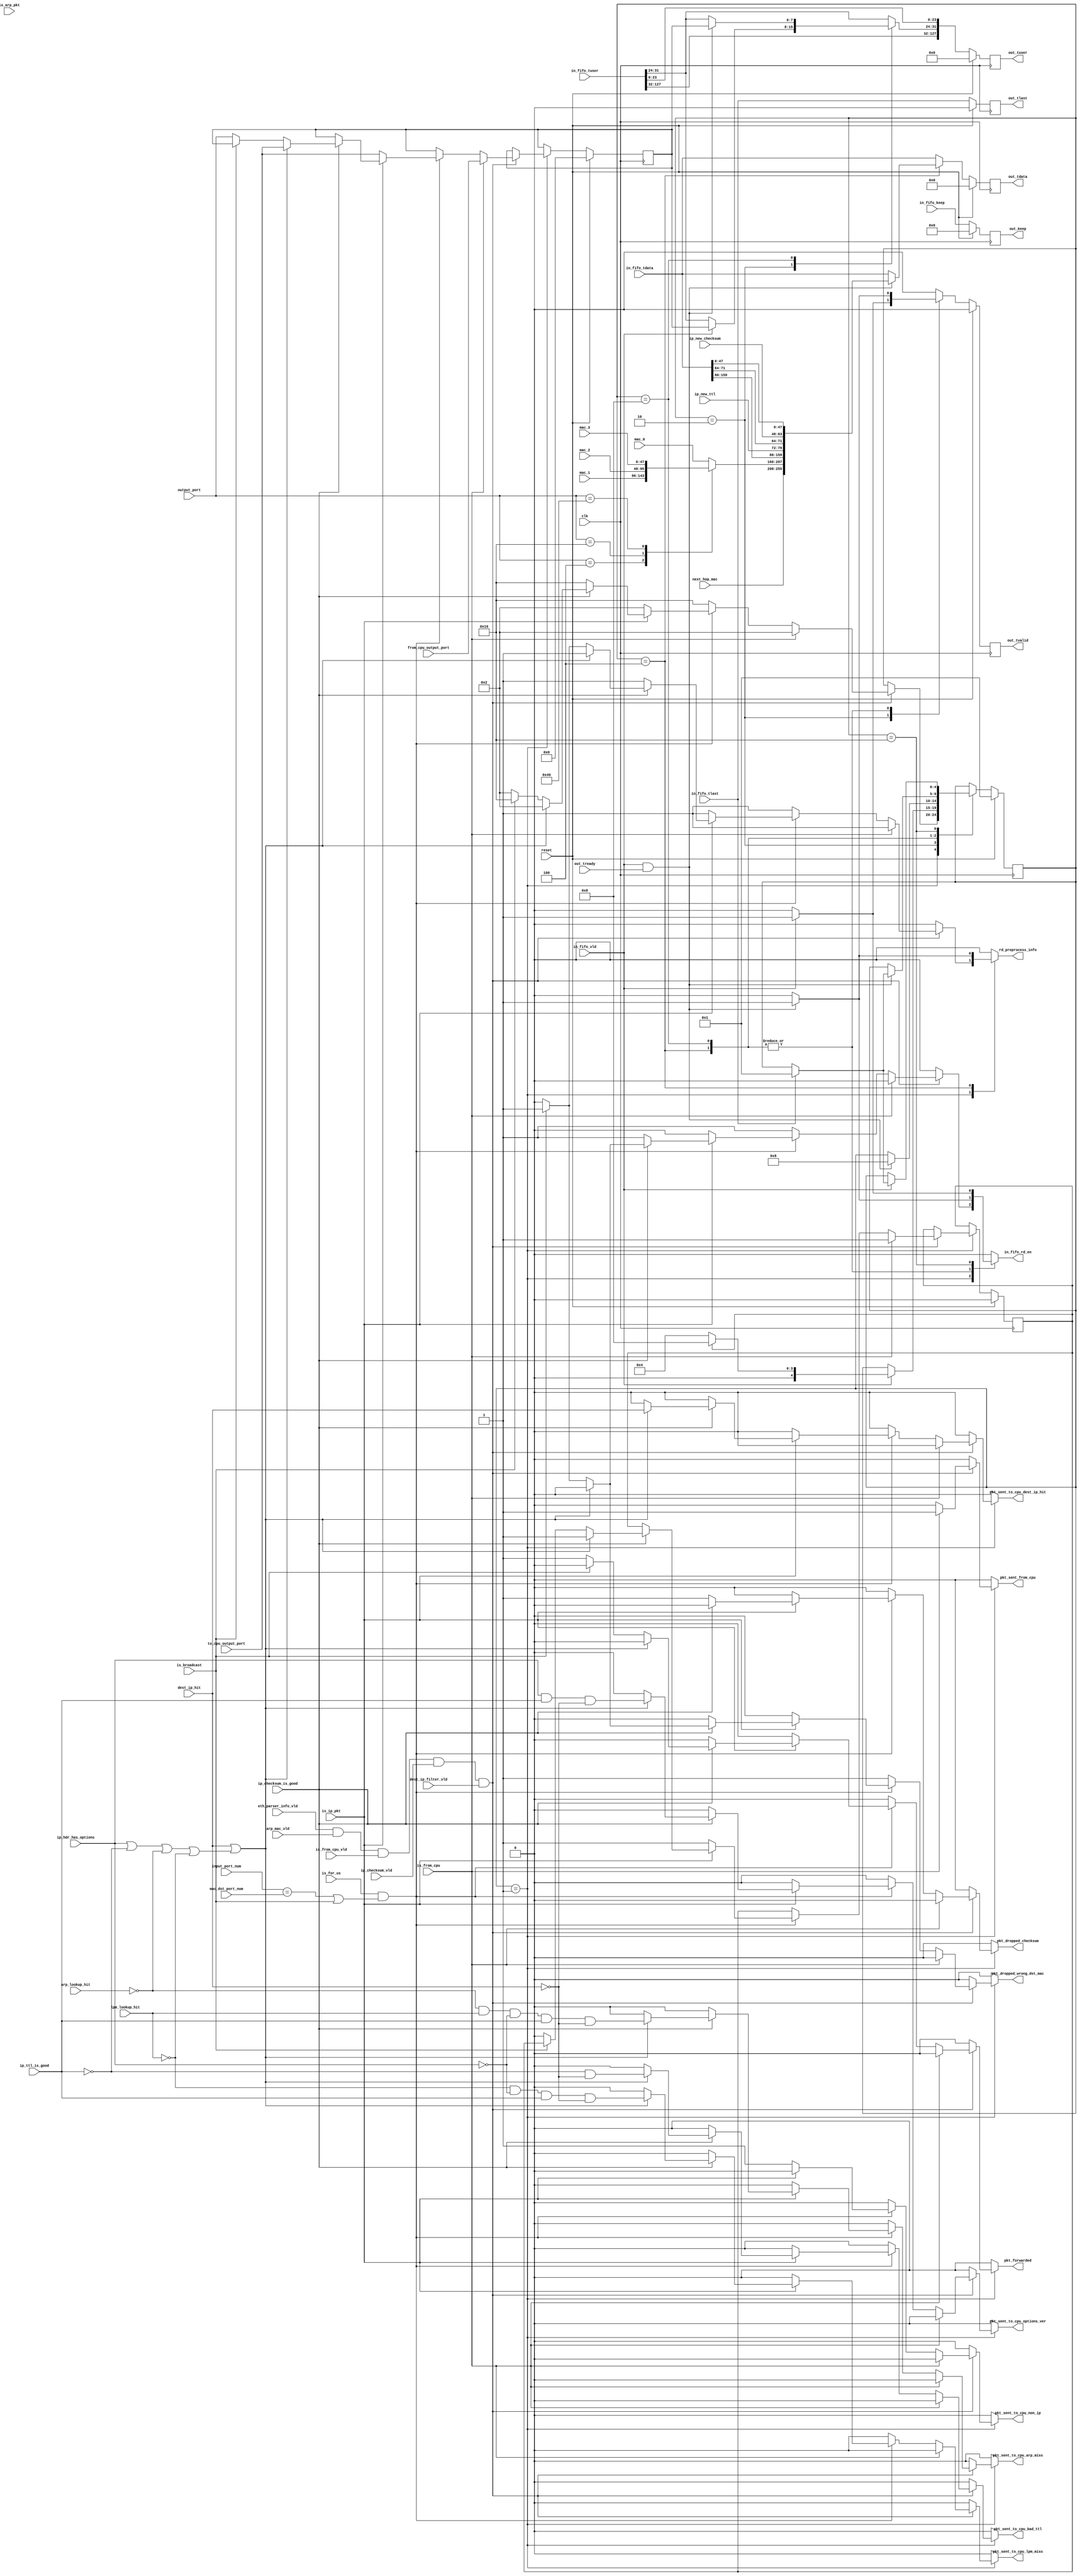
/*******************************************************************************
*
* Copyright (C) 2010, 2011 The Board of Trustees of The Leland Stanford
*                          Junior University
* Copyright (C) grg, Gianni Antichi
* All rights reserved.
*
* This software was developed by
* Stanford University and the University of Cambridge Computer Laboratory
* under National Science Foundation under Grant No. CNS-0855268,
* the University of Cambridge Computer Laboratory under EPSRC INTERNET Project EP/H040536/1 and
* by the University of Cambridge Computer Laboratory under DARPA/AFRL contract FA8750-11-C-0249 ("MRC2"), 
* as part of the DARPA MRC research programme.
*
* @NETFPGA_LICENSE_HEADER_START@
*
* Licensed to NetFPGA C.I.C. (NetFPGA) under one or more contributor
* license agreements. See the NOTICE file distributed with this work for
* additional information regarding copyright ownership. NetFPGA licenses this
* file to you under the NetFPGA Hardware-Software License, Version 1.0 (the
* "License"); you may not use this file except in compliance with the
* License. You may obtain a copy of the License at:
*
* http://www.netfpga-cic.org
*
* Unless required by applicable law or agreed to in writing, Work distributed
* under the License is distributed on an "AS IS" BASIS, WITHOUT WARRANTIES OR
* CONDITIONS OF ANY KIND, either express or implied. See the License for the
* specific language governing permissions and limitations under the License.
*
* @NETFPGA_LICENSE_HEADER_END@
*
********************************************************************************/


module op_lut_process_sm
  #(parameter C_S_AXIS_DATA_WIDTH	= 256,
    parameter C_S_AXIS_TUSER_WIDTH	= 128,
    parameter NUM_QUEUES		= 8,
    parameter NUM_QUEUES_WIDTH		= log2(NUM_QUEUES)
  )
  (// --- interface to input fifo - fallthrough
   input                              in_fifo_vld,
   input [C_S_AXIS_DATA_WIDTH-1:0]    in_fifo_tdata,
   input			      in_fifo_tlast,
   input [C_S_AXIS_TUSER_WIDTH-1:0]   in_fifo_tuser,
   input [C_S_AXIS_DATA_WIDTH/8-1:0]  in_fifo_keep,
   output reg                         in_fifo_rd_en,

   // --- interface to eth_parser
   input                              is_arp_pkt,
   input                              is_ip_pkt,
   input                              is_for_us,
   input                              is_broadcast,
   input                              eth_parser_info_vld,
   input      [NUM_QUEUES_WIDTH-1:0]  mac_dst_port_num,

   // --- interface to ip_arp
   input      [47:0]                  next_hop_mac,
   input      [NUM_QUEUES-1:0]        output_port,
   input                              arp_lookup_hit, // indicates if the next hop mac is correct
   input                              lpm_lookup_hit, // indicates if the route to the destination IP was found
   input                              arp_mac_vld,    // indicates the lookup is done

   // --- interface to op_lut_hdr_parser
   input                              is_from_cpu,
   input      [NUM_QUEUES-1:0]        to_cpu_output_port,   // where to send pkts this pkt if it has to go to the CPU
   input      [NUM_QUEUES-1:0]        from_cpu_output_port, // where to send this pkt if it is coming from the CPU
   input                              is_from_cpu_vld,
   input      [NUM_QUEUES_WIDTH-1:0]  input_port_num,

   // --- interface to IP_checksum
   input                              ip_checksum_vld,
   input                              ip_checksum_is_good,
   input                              ip_hdr_has_options,
   input      [15:0]                  ip_new_checksum,     // new checksum assuming decremented TTL
   input                              ip_ttl_is_good,
   input      [7:0]                   ip_new_ttl,

   // --- input to dest_ip_filter
   input                              dest_ip_hit,
   input                              dest_ip_filter_vld,

   // -- connected to all preprocess blocks
   output reg                         rd_preprocess_info,

   // --- interface to next module
   output reg                         		out_tvalid,
   output reg [C_S_AXIS_DATA_WIDTH-1:0]		out_tdata,
   output reg [C_S_AXIS_TUSER_WIDTH-1:0]	out_tuser,     // new checksum assuming decremented TTL
   input                              		out_tready,
   output reg [C_S_AXIS_DATA_WIDTH/8-1:0]  	out_keep,
   output reg					out_tlast,

   // --- interface to registers
   output reg                         pkt_sent_from_cpu,              // pulsed: we've sent a pkt from the CPU
   output reg                         pkt_sent_to_cpu_options_ver,    // pulsed: we've sent a pkt to the CPU coz it has options/bad version
   output reg                         pkt_sent_to_cpu_bad_ttl,        // pulsed: sent a pkt to the CPU coz the TTL is 1 or 0
   output reg                         pkt_sent_to_cpu_dest_ip_hit,    // pulsed: sent a pkt to the CPU coz it has hit in the destination ip filter list
   output reg                         pkt_forwarded,	              // pulsed: forwarded pkt to the destination port
   output reg                         pkt_dropped_checksum,           // pulsed: dropped pkt coz bad checksum
   output reg                         pkt_sent_to_cpu_non_ip,         // pulsed: sent pkt to cpu coz it's not IP
   output reg                         pkt_sent_to_cpu_arp_miss,       // pulsed: sent pkt to cpu coz we didn't find arp entry for next hop ip
   output reg                         pkt_sent_to_cpu_lpm_miss,       // pulsed: sent pkt to cpu coz we didn't find lpm entry for destination ip
   output reg                         pkt_dropped_wrong_dst_mac,      // pulsed: dropped pkt not destined to us

   input  [47:0]                      mac_0,    // address of rx queue 0
   input  [47:0]                      mac_1,    // address of rx queue 1
   input  [47:0]                      mac_2,    // address of rx queue 2
   input  [47:0]                      mac_3,    // address of rx queue 3

   // misc
   input reset,
   input clk
   );

   function integer log2;
      input integer number;
      begin
         log2=0;
         while(2**log2<number) begin
            log2=log2+1;
         end
      end
   endfunction // log2

   //------------------- Internal parameters -----------------------
   localparam NUM_STATES          = 5;
   localparam WAIT_PREPROCESS_RDY = 1;
   localparam MOVE_TUSER    	  = 2;
   localparam CHANGE_PKT     	  = 4;
   localparam SEND_PKT         	  = 8;
   localparam DROP_PKT            = 16;
   localparam C_AXIS_SRC_PORT_POS = 16;
   localparam C_AXIS_DST_PORT_POS = 24;

   //---------------------- Wires and regs -------------------------
   wire                 preprocess_vld;

   reg [NUM_STATES-1:0]		state;
   reg [NUM_STATES-1:0]		state_next;
   reg				out_tvalid_next;
   reg				out_tlast_next;
   reg [C_S_AXIS_DATA_WIDTH-1:0]	out_tdata_next;
   reg [C_S_AXIS_TUSER_WIDTH-1:0]	out_tuser_next;
   reg [C_S_AXIS_DATA_WIDTH/8-1:0]	out_keep_next;

   reg [47:0]           src_mac_sel;

   reg [NUM_QUEUES-1:0] dst_port;
   reg [NUM_QUEUES-1:0] dst_port_next;

   reg                  to_from_cpu;
   reg                  to_from_cpu_next;

   //-------------------------- Logic ------------------------------
   assign preprocess_vld = eth_parser_info_vld & arp_mac_vld
                         & is_from_cpu_vld & ip_checksum_vld & dest_ip_filter_vld;

   /* select the src mac address to write in the forwarded pkt */
   always @(*) begin
      case(output_port)
        'h1: src_mac_sel       = mac_0;
        'h4: src_mac_sel       = mac_1;
        'h10: src_mac_sel      = mac_2;
        'h40: src_mac_sel      = mac_3;
        default: src_mac_sel   = mac_0;
      endcase // case(output_port)
   end


   /* Modify the packet's hdrs and change tuser */
   always @(*) begin
      out_tlast_next                = in_fifo_tlast;
      out_tdata_next		    = in_fifo_tdata;
      out_tuser_next		    = in_fifo_tuser;
      out_keep_next		    = in_fifo_keep;
      out_tvalid_next               = 0;

      rd_preprocess_info            = 0;
      state_next                    = state;
      in_fifo_rd_en                 = 0;
      to_from_cpu_next              = to_from_cpu;
      dst_port_next                 = dst_port;

      pkt_sent_from_cpu             = 0;
      pkt_sent_to_cpu_options_ver   = 0;
      pkt_sent_to_cpu_arp_miss      = 0;
      pkt_sent_to_cpu_lpm_miss      = 0;
      pkt_sent_to_cpu_bad_ttl       = 0;
      pkt_forwarded                 = 0;
      pkt_dropped_checksum          = 0;
      pkt_sent_to_cpu_non_ip        = 0;
      pkt_dropped_wrong_dst_mac     = 0;
      pkt_sent_to_cpu_dest_ip_hit   = 0;

      case(state)
        WAIT_PREPROCESS_RDY: begin
           if(preprocess_vld) begin
              /* if the packet is from the CPU then all the info on it is correct.
               * We just pipe it to the output */
              if(is_from_cpu) begin
                 to_from_cpu_next     = 1;
                 dst_port_next        = from_cpu_output_port;
                 rd_preprocess_info   = 1;
                 state_next           = MOVE_TUSER;
                 pkt_sent_from_cpu    = 1;
              end
              /* check that the port on which it was received matches its mac */
              else if(is_for_us && (input_port_num==mac_dst_port_num || is_broadcast)) begin
                 if(is_ip_pkt) begin
                    if(ip_checksum_is_good) begin
                       /* if the packet has any options or ver!=4 or the TTL is 1 or 0 or if the ip destination address
                        * is in the destination filter list, then send it to the cpu queue corresponding to the input queue
                        * Also send pkt to CPU if we don't find it in the ARP lookup or in the LPM lookup*/
                       if(dest_ip_hit || (ip_hdr_has_options | !ip_ttl_is_good | !arp_lookup_hit | !lpm_lookup_hit)) begin
                          rd_preprocess_info            = 1;
                          to_from_cpu_next              = 1;
                          dst_port_next                 = to_cpu_output_port;
                          state_next                    = MOVE_TUSER;

                          // Note: care must be taken to ensure that only
                          // *one* of the counters will be incremented at any
                          // given time. (Otherwise the output port lookup
                          // counters will register more packets than other
                          // modules.)
                          //
                          // These are currently sorted in order of priority
                          pkt_sent_to_cpu_dest_ip_hit   = dest_ip_hit;
                          pkt_sent_to_cpu_bad_ttl       = !ip_ttl_is_good & !dest_ip_hit;
                          pkt_sent_to_cpu_options_ver   = ip_hdr_has_options &
                                                          ip_ttl_is_good & !dest_ip_hit;
                          pkt_sent_to_cpu_lpm_miss      = !lpm_lookup_hit & !ip_hdr_has_options &
                                                          ip_ttl_is_good & !dest_ip_hit;
                          pkt_sent_to_cpu_arp_miss      = !arp_lookup_hit & lpm_lookup_hit &
                                                          !ip_hdr_has_options & ip_ttl_is_good &
                                                          !dest_ip_hit;
                       end
                       else if (!is_broadcast) begin
                          to_from_cpu_next   = 0;
                          dst_port_next      = output_port;
                          state_next         = MOVE_TUSER;
                          pkt_forwarded      = 1;
                       end // else: !if(ip_hdr_has_options | !ip_ttl_is_good)
                       else begin
                          pkt_dropped_wrong_dst_mac   = 1;
                          rd_preprocess_info          = 1;
                          in_fifo_rd_en               = 1;
                          state_next                  = DROP_PKT;
                       end
                    end // if (ip_checksum_is_good)
                    else begin
                       pkt_dropped_checksum   = 1;
                       rd_preprocess_info     = 1;
                       in_fifo_rd_en          = 1;
                       state_next             = DROP_PKT;
                    end // else: !if(ip_checksum_is_good)
                 end // if (is_ip_pkt)
                 else begin // non-ip pkt
                    pkt_sent_to_cpu_non_ip   = 1;
                    rd_preprocess_info       = 1;
                    to_from_cpu_next         = 1;
                    dst_port_next            = to_cpu_output_port;
                    state_next               = MOVE_TUSER;
                 end // else: !if(is_ip_pkt)
              end // if (is_for_us)
              else begin // pkt not for us
                 pkt_dropped_wrong_dst_mac   = 1;
                 rd_preprocess_info          = 1;
                 in_fifo_rd_en               = 1;
                 state_next                  = DROP_PKT;
              end // else: !if(is_for_us)
           end // if (preprocess_vld & out_rdy)
        end // case: WAIT_PREPROCESS_RDY

        MOVE_TUSER: begin
           if(in_fifo_vld) begin
	      out_tvalid_next  = 1;
              out_tuser_next[C_AXIS_DST_PORT_POS+7:C_AXIS_DST_PORT_POS] = dst_port;
	      if(to_from_cpu)
		state_next = SEND_PKT;
	      else
	      	state_next = CHANGE_PKT;
	    end
	end

	CHANGE_PKT: begin
	   if(in_fifo_vld && out_tready) begin
	      out_tvalid_next	= 1;
	      in_fifo_rd_en	= 1;
	      // don't decrement the TTL and don't recalculate checksum for local pkts
	      // Big-endian
	      out_tdata_next 	= {next_hop_mac,src_mac_sel,in_fifo_tdata[159:80],ip_new_ttl[7:0],in_fifo_tdata[71:64],ip_new_checksum,in_fifo_tdata[47:0]};
	      rd_preprocess_info= 1;
	      state_next	= SEND_PKT;
	    end
	end     

	SEND_PKT: begin
	    if(in_fifo_vld && out_tready) begin
	      out_tuser_next[C_AXIS_DST_PORT_POS+7:C_AXIS_DST_PORT_POS] = dst_port; 
	      out_tvalid_next	= 1;
	      in_fifo_rd_en	= 1;
	      if(in_fifo_tlast)
		state_next =  WAIT_PREPROCESS_RDY;
	    end
	end

        DROP_PKT: begin
           if(in_fifo_vld) begin
              in_fifo_rd_en = 1;
              if(in_fifo_tlast)
                 state_next = WAIT_PREPROCESS_RDY;
           end
        end
      endcase // case(state)
   end // always @ (*)

   always @(posedge clk) begin
      if(reset) begin
         state             <= WAIT_PREPROCESS_RDY;
	 out_tvalid        <= 0;
         out_tdata         <= 0;
         out_tuser         <= 0;
         out_keep	   <= 0;
         out_tlast	   <= 0;
         to_from_cpu       <= 0;
         dst_port          <= 'h0;
      end
      else begin
         state             <= state_next;
	 out_tvalid	   <= out_tvalid_next;
         out_tlast         <= out_tlast_next;
         out_tdata	   <= out_tdata_next;
         out_tuser         <= out_tuser_next;
         out_keep         <= out_keep_next;
         to_from_cpu       <= to_from_cpu_next;
         dst_port          <= dst_port_next;
      end // else: !if(reset)
   end // always @ (posedge clk)

endmodule // op_lut_process_sm